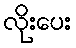
လိုးပေး